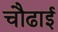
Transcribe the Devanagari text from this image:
चौढाई